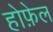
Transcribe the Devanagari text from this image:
होफ़ेल